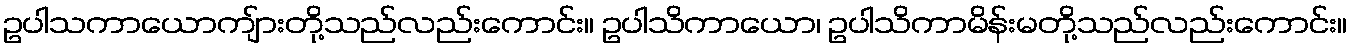
ဥပါသကာယောကျ်ားတို့သည်လည်းကောင်း။ ဥပါသိကာယော၊ ဥပါသိကာမိန်းမတို့သည်လည်းကောင်း။